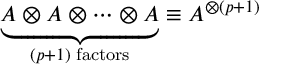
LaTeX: \underbrace { A \otimes A \otimes \cdots \otimes A } _ { ( p + 1 ) \, \, \mathrm { f a c t o r s } } \equiv A ^ { \otimes ( p + 1 ) }